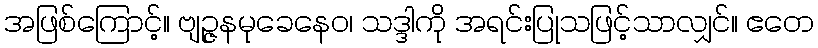
အဖြစ်ကြောင့်။ ဗျဉ္ဇနမုခေနေဝ၊ သဒ္ဒါကို အရင်းပြုသဖြင့်သာလျှင်။ ဧတေ